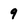
Character: 9